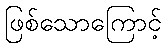
ဖြစ်သောကြောင့်